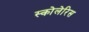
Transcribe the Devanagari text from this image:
स्कोलेरिस